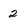
Character: 2